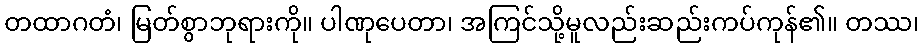
တထာဂတံ၊ မြတ်စွာဘုရားကို။ ပါဏုပေတာ၊ အကြင်သို့မူလည်းဆည်းကပ်ကုန်၏။ တဿ၊